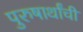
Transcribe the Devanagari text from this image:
पुरुषार्थांची